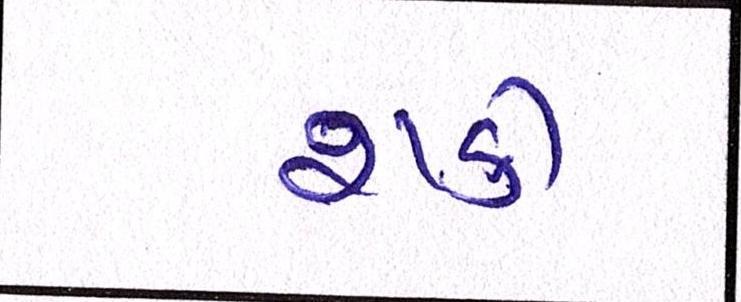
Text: શકી